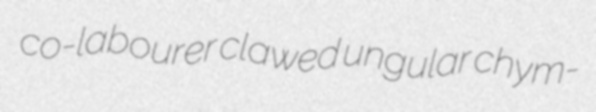
co-labourer clawed ungular chym-